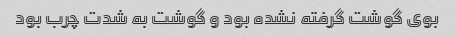
بوی گوشت گرفته نشده بود و گوشت به شدت چرب بود